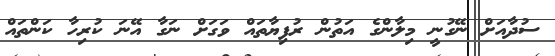
ސުދާއަށް ނޭގުނީ މިލާންގެ އަތުން ރުފިޔާތައް ވަގަށް ނަގާ އޭނަ ކުރިހާ ކަންތައް